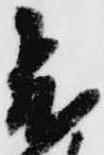
飛